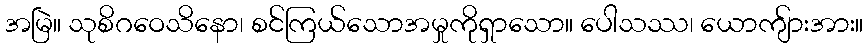
အမြဲ။ သုစိဂဝေသိနော၊ စင်ကြယ်သောအမှုကိုရှာသော။ ပေါသဿ၊ ယောကျ်ားအား။